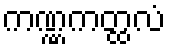
ကဏ္ဏကတ္ထလံ